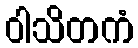
ဝါသိတကံ